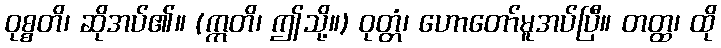
ဝုစ္စတိ၊ ဆိုအပ်၏။ (ဣတိ၊ ဤသို့။) ဝုတ္တံ၊ ဟောတော်မူအပ်ပြီ။ တတ္ထ၊ ထို